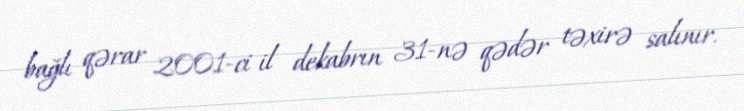
bağlı qərar 2001-ci il dekabrın 31-nə qədər təxirə salınır.